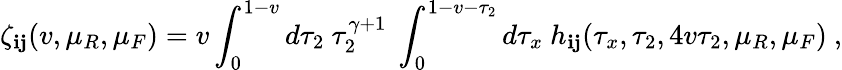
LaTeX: \zeta_{\mathbf{i}\mathbf{j}}(v,\mu_{R},\mu_{F})=v\int_{0}^{1-v}d\tau_{2}~\tau_{2}^{\gamma+1}~\int_{0}^{1-v-\tau_{2}}d\tau_{x}~h_{\mathbf{i}\mathbf{j}}(\tau_{x},\tau_{2},4v\tau_{2},\mu_{R},\mu_{F})~,